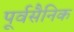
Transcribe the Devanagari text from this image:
पूर्वसैनिक